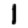
Digit: 1